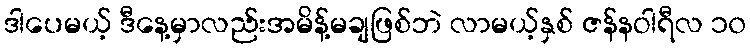
ဒါပေမယ့် ဒီနေ့မှာလည်းအမိန့်မချဖြစ်ဘဲ လာမယ့်နှစ် ဇန်နဝါရီလ ၁၀